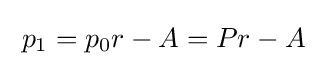
\;p_{1}=p_{0}r-A=Pr-A